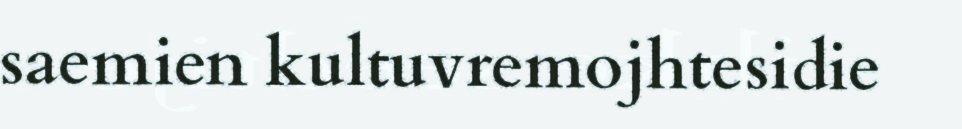
saemien kultuvremojhtesidie